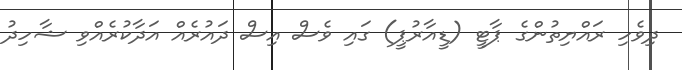
ދިވެހި ރައްޔިތުންގެ ޕާޓީ (ޑީއާރުޕީ) ގައި ވެސް އިސް ދައުރެއް އަދާކުރެއްވި ޝާހިދު